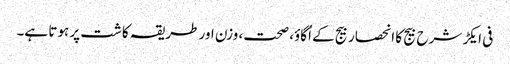
فی ایکڑ شرح بیج کا انحصار بیج کے اُگاوٴ، صحت، وزن اور طریقہ کاشت پر ہوتا ہے۔